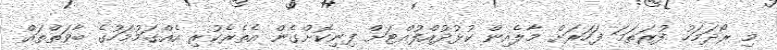
މި ރޯދަމަހު ފުރަތަމަ ފަހަރަށް މާލެއިން ކުޅުދުއްފުއްޓަށް ފިނިކޮށްގެން އެތެރެކުރި އެއްގަމުމަހުގެ ބާވަތްތައް